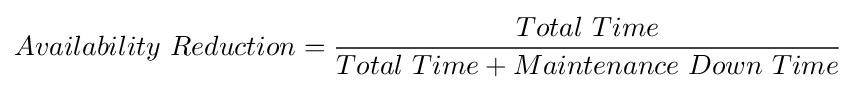
Availability\ Reduction={\frac {Total\ Time}{Total\ Time+Maintenance\ Down\ Time}}